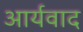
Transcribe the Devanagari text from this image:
आर्यवाद